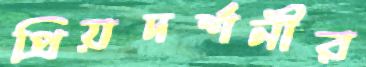
প্রিয়দর্শনীর